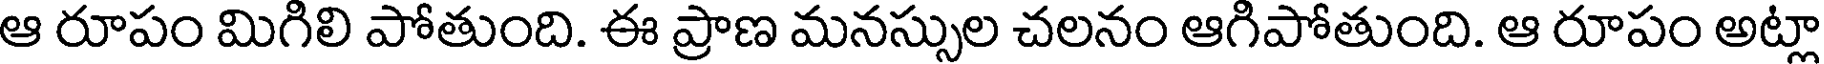
ఆ రూపం మిగిలి పోతుంది. ఈ ప్రాణ మనస్సుల చలనం ఆగిపోతుంది. ఆ రూపం అట్లా